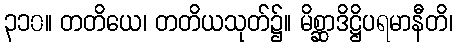
၃၁၀။ တတိယေ၊ တတိယသုတ်၌။ မိစ္ဆာဒိဋ္ဌိပရမာနီတိ၊